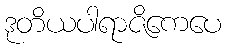
ဒုတိယပါရာဇိကေပေ